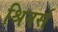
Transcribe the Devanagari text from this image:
श्रिनर्स